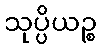
သုပ္ပိယဉ္စ